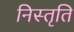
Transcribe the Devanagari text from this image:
निस्तृति